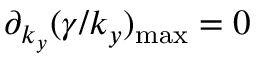
\partial _ { k _ { y } } ( \gamma / k _ { y } ) _ { \mathrm { { m a x } } } = 0